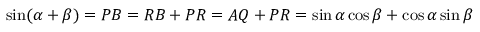
\sin ( \alpha + \beta ) = P B = R B + P R = A Q + P R = \sin \alpha \cos \beta + \cos \alpha \sin \beta